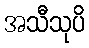
အသီသုပိ